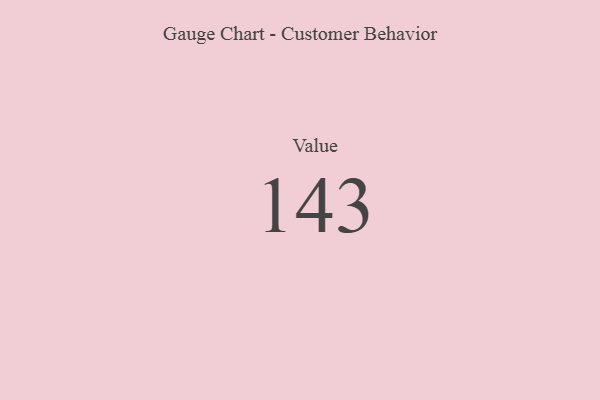
{"axis": {"x": "Metric", "y": "Value"}, "legend": [""], "data": [{"x": "Value", "y": 143, "type": ""}]}